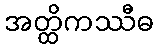
အတ္ထိကဿီဓ